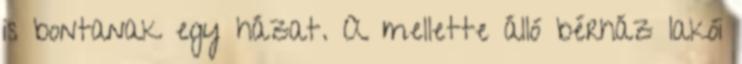
is bontanak egy házat. A mellette álló bérház lakói